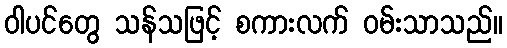
ဝါပင်တွေ သန်သဖြင့် စကားလက် ဝမ်းသာသည်။